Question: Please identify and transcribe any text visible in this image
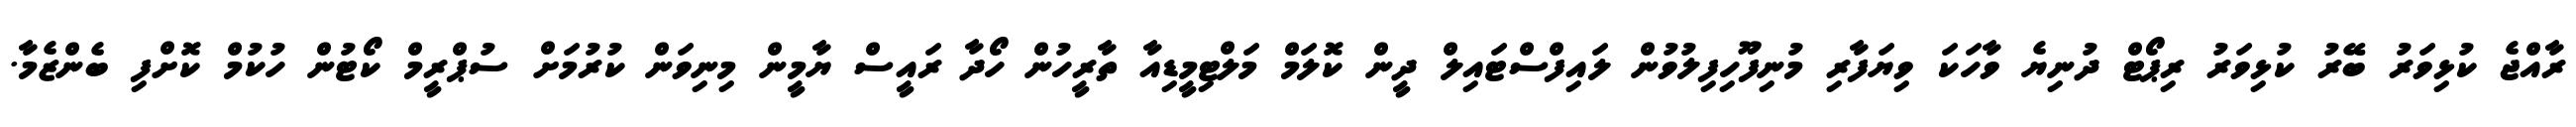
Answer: ރާއްޖެ ކުޅިވަރު ބޭރު ކުޅިވަރު ރިޕޯޓް ދުނިޔެ ވާހަކަ ވިޔަފާރި މުނިފޫހިފިލުވުން ލައިފްސްޓައިލް ދީން ކޮލަމް މަލްޓިމީޑިއާ ތާރީހުން ހޯދާ ރައީސް ޔާމީން މިނިވަން ކުރުމަށް ސުޕްރީމް ކޯޓުން ހުކުމް ކޮށްފި ބެންޒެމާ.